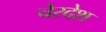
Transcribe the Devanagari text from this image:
चेरदेश